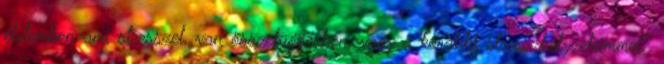
életemben ami stresszel, van összefüggésben, vagy a korábbi stresszhelyzeteimmel."